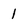
Character: 1